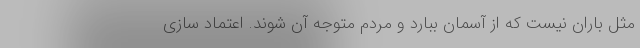
مثل باران نیست که از آسمان ببارد و مردم متوجه آن شوند. اعتماد سازی